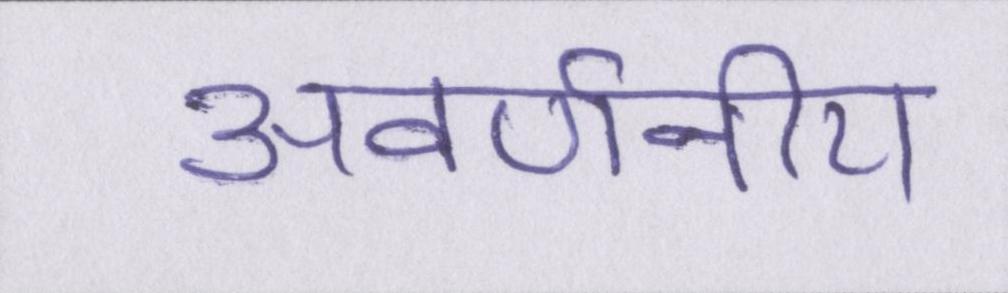
अवर्णनीय